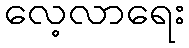
လေ့လာရေး